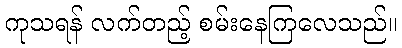
ကုသရန် လက်တည့် စမ်းနေကြလေသည်။